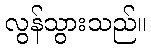
လွန်သွားသည်။